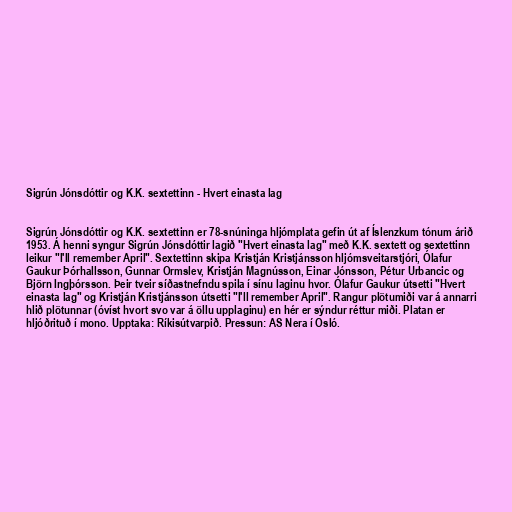
Sigrún Jónsdóttir og K.K. sextettinn - Hvert einasta lag

Sigrún Jónsdóttir og K.K. sextettinn er 78-snúninga hljómplata gefin út af Íslenzkum tónum árið
1953. Á henni syngur Sigrún Jónsdóttir lagið "Hvert einasta lag" með K.K. sextett og sextettinn
leikur "I'll remember April". Sextettinn skipa Kristján Kristjánsson hljómsveitarstjóri, Ólafur
Gaukur Þórhallsson, Gunnar Ormslev, Kristján Magnússon, Einar Jónsson, Pétur Urbancic og
Björn Ingþórsson. Þeir tveir síðastnefndu spila í sínu laginu hvor. Ólafur Gaukur útsetti "Hvert
einasta lag" og Kristján Kristjánsson útsetti "I'll remember April". Rangur plötumiði var á annarri
hlið plötunnar (óvíst hvort svo var á öllu upplaginu) en hér er sýndur réttur miði. Platan er
hljóðrituð í mono. Upptaka: Ríkisútvarpið. Pressun: AS Nera í Osló.